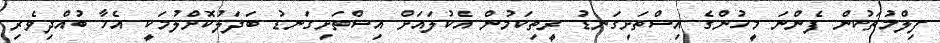
ފިލްމުތަކުން ފެންނަ މީހުންގެ އިސްތަށިގަނޑު ރީތިކަމުން އެކުލައަށް އިސްތަށިގަނޑު ބަދަލުކޮށްލުމަކީ އެހާ ބުއްދިވެރި